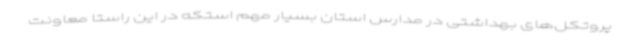
پروتکل‌های بهداشتی در مدارس استان بسیار مهم استکه در این راستا معاونت